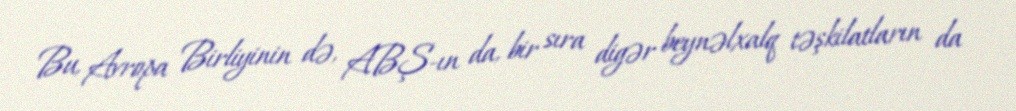
Bu, Avropa Birliyinin də, ABŞ-ın da, bir sıra digər beynəlxalq təşkilatların da